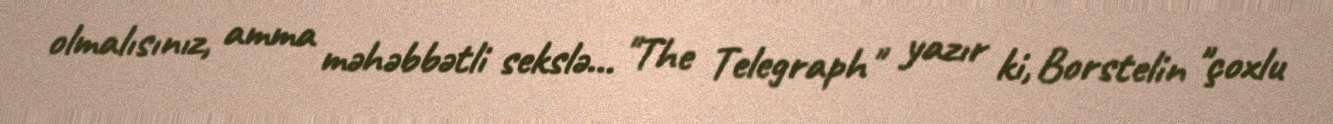
olmalısınız, amma məhəbbətli sekslə… "The Telegraph" yazır ki, Borstelin "çoxlu